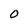
Character: O